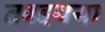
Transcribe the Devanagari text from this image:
तबइयया